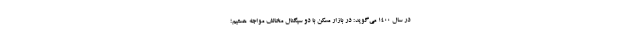
در سال ۱۴۰۰ می‌گوید: در بازار مسکن با دو سیگنال مخالف مواجه هستیم؛